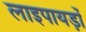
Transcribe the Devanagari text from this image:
लाइपायड़ों